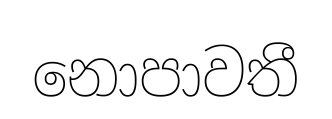
නොපාවතී